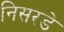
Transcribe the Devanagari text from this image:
निसरडे